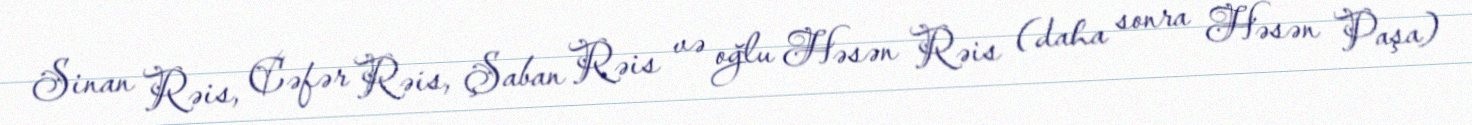
Sinan Rəis, Cəfər Rəis, Şaban Rəis və oğlu Həsən Rəis (daha sonra Həsən Paşa)